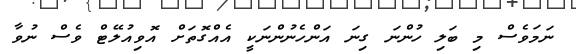
ނަމަވެސް މި ބަލި ހުންނަ ގިނަ އަންހެނުންނަކީ އެއްގޮތަށް އޮވިއުލޭޓް ވެސް ނުވާ